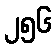
၂၅၆